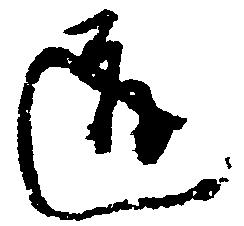
道